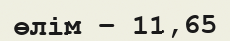
өлім – 11,65